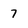
Character: 7